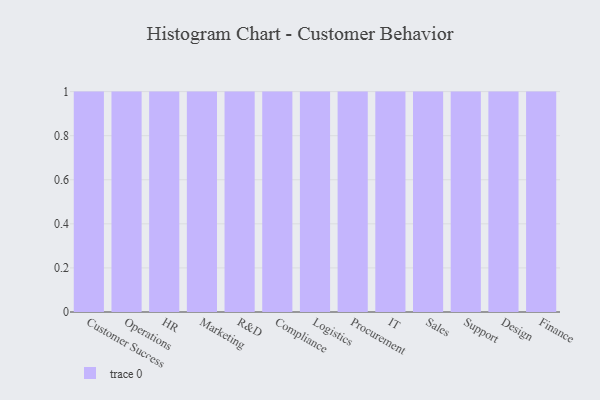
{"axis": {"x": "Department", "y": "Churn Rate (%)"}, "legend": [""], "data": [{"x": "Customer Success", "y": 15, "type": ""}, {"x": "Operations", "y": 15, "type": ""}, {"x": "HR", "y": 98, "type": ""}, {"x": "Marketing", "y": 77, "type": ""}, {"x": "R&D", "y": 52, "type": ""}, {"x": "Compliance", "y": 12, "type": ""}, {"x": "Logistics", "y": 80, "type": ""}, {"x": "Procurement", "y": 19, "type": ""}, {"x": "IT", "y": 20, "type": ""}, {"x": "Sales", "y": 36, "type": ""}, {"x": "Support", "y": 46, "type": ""}, {"x": "Design", "y": 10, "type": ""}, {"x": "Finance", "y": 80, "type": ""}]}